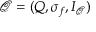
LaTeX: { \mathcal { Q } } = ( Q , \sigma _ { f } , I _ { \mathcal { Q } } )